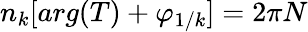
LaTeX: \begin{array}{r}{n_{k}[arg(T)+\varphi_{1/k}]=2\pi N}\end{array}